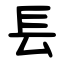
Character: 镸